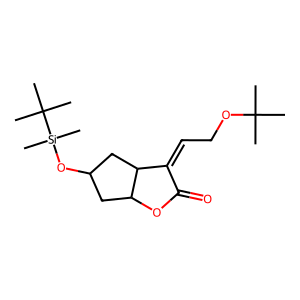
SMILES: CC(C)(C)OCC=C1C(=O)OC2CC(O[Si](C)(C)C(C)(C)C)CC12
Inhibits HIV replication: No